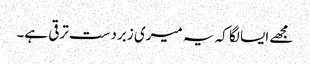
مجھے ایسا لگا کہ یہ میری زبردست ترقی ہے۔